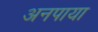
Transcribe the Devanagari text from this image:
अनपाया